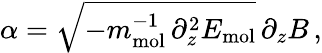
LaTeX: \alpha=\sqrt{-m_{\mathrm{mol}}^{-1}\, \partial_{z}^{2}E_{\mathrm{mol}}}\, \partial_{z}B\, ,